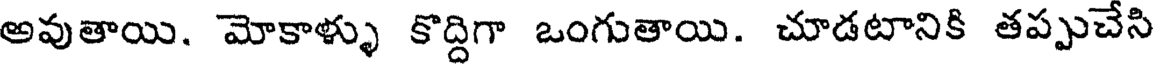
అవుతాయి. మోకాళ్ళు కొద్దిగా ఒంగుతాయి. చూడటానికి తప్పుచేసి